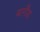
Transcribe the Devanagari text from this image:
बागौड